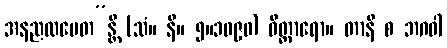
အနညထမေတ”န္တိ (သံ။ နိ။ ၅။၁၀၉၀) ဝိတ္ထာရော။ တာနိ စ ဘဂဝါ